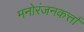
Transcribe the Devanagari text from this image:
मनोरंजनकर्त्ता